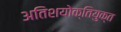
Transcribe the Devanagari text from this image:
अतिशयोक्‍तियुक्‍त